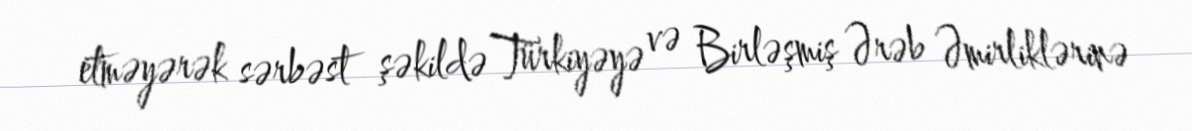
etməyərək sərbəst şəkildə Türkiyəyə və Birləşmiş Ərəb Əmirliklərinə